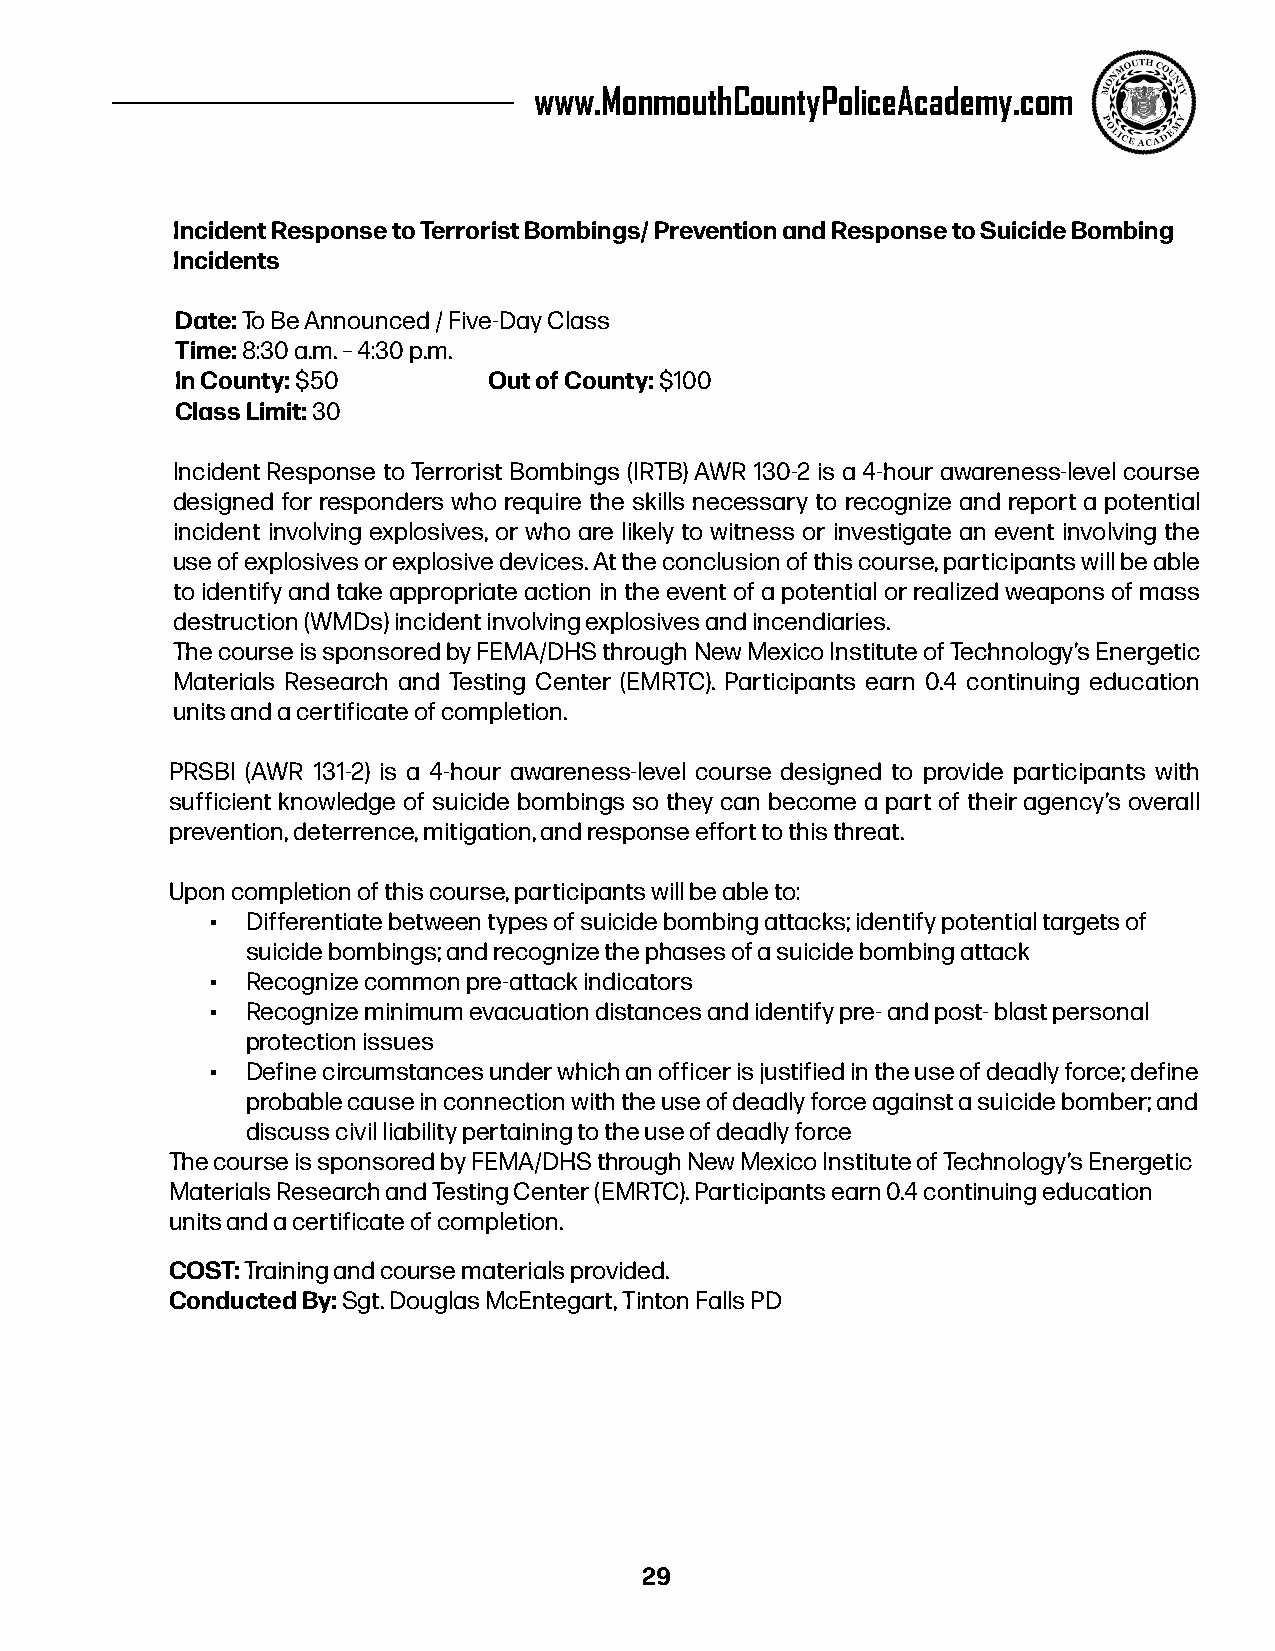
www.MonmouthCountyPoliceAcademy.com
 Incident Response to Terrorist Bombings/ Prevention and Response to Suicide Bombing
 Incidents
 Date: To Be Announced / Five-Day Class
 Time: 8:30 a.m. – 4:30 p.m.
 In County: $50      Out of County: $100
 Class Limit: 30
 Incident Response to Terrorist Bombings (IRTB) AWR 130-2 is a 4-hour awareness-level course
 designed for responders who require the skills necessary to recognize and report a potential
 incident involving explosives, or who are likely to witness or investigate an event involving the
 use of explosives or explosive devices. At the conclusion of this course, participants will be able
 to identify and take appropriate action in the event of a potential or realized weapons of mass
 destruction (WMDs) incident involving explosives and incendiaries.
 The course is sponsored by FEMA/DHS through New Mexico Institute of Technology’s Energetic
 Materials Research and Testing Center (EMRTC). Participants earn 0.4 continuing education
 units and a certificate of completion.
 PRSBI (AWR 131-2) is a 4-hour awareness-level course designed to provide participants with
 sufficient knowledge of suicide bombings so they can become a part of their agency’s overall
 prevention, deterrence, mitigation, and response effort to this threat.
 Upon completion of this course, participants will be able to:
 • Differentiate between types of suicide bombing attacks; identify potential targets of
 suicide bombings; and recognize the phases of a suicide bombing attack
 • Recognize common pre-attack indicators
 • Recognize minimum evacuation distances and identify pre- and post- blast personal
 protection issues
 • Define circumstances under which an officer is justified in the use of deadly force; define
 probable cause in connection with the use of deadly force against a suicide bomber; and
 discuss civil liability pertaining to the use of deadly force
 The course is sponsored by FEMA/DHS through New Mexico Institute of Technology’s Energetic
 Materials Research and Testing Center (EMRTC). Participants earn 0.4 continuing education
 units and a certificate of completion.
 COST: Training and course materials provided.
 Conducted By: Sgt. Douglas McEntegart, Tinton Falls PD
 29